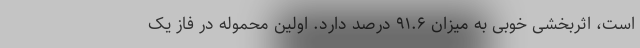
است، اثربخشی خوبی به میزان ۹۱.۶ درصد دارد. اولین محموله در فاز یک